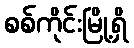
စစ်ကိုင်းမြို့ရှိ